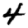
Digit: 4